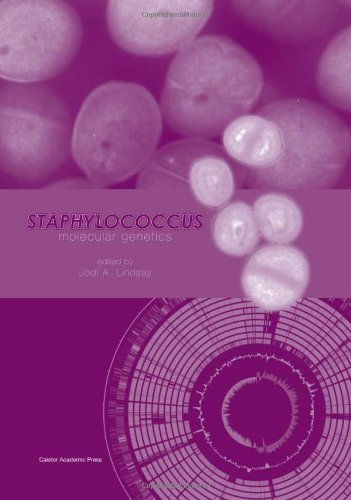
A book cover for Staphylococcus: Molecular Genetics; Medical Books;